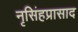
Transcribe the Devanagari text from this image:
नृसिंहप्रासाद